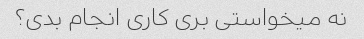
نه میخواستی بری کاری انجام بدی؟